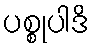
ပစ္စုပါဒိ